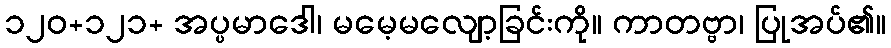
၁၂၀+၁၂၁+ အပ္ပမာဒေါ၊ မမေ့မလျော့ခြင်းကို။ ကာတဗ္ဗာ၊ ပြုအပ်၏။